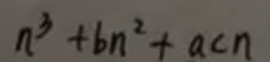
\[n^{3}+bn^{2}+acn\]